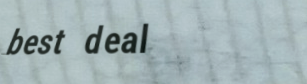
best deal